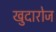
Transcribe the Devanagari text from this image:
खुदारोज